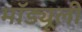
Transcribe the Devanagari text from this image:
मॉड्यूली